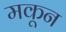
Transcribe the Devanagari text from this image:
मकून